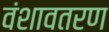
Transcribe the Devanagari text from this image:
वंशावतरण